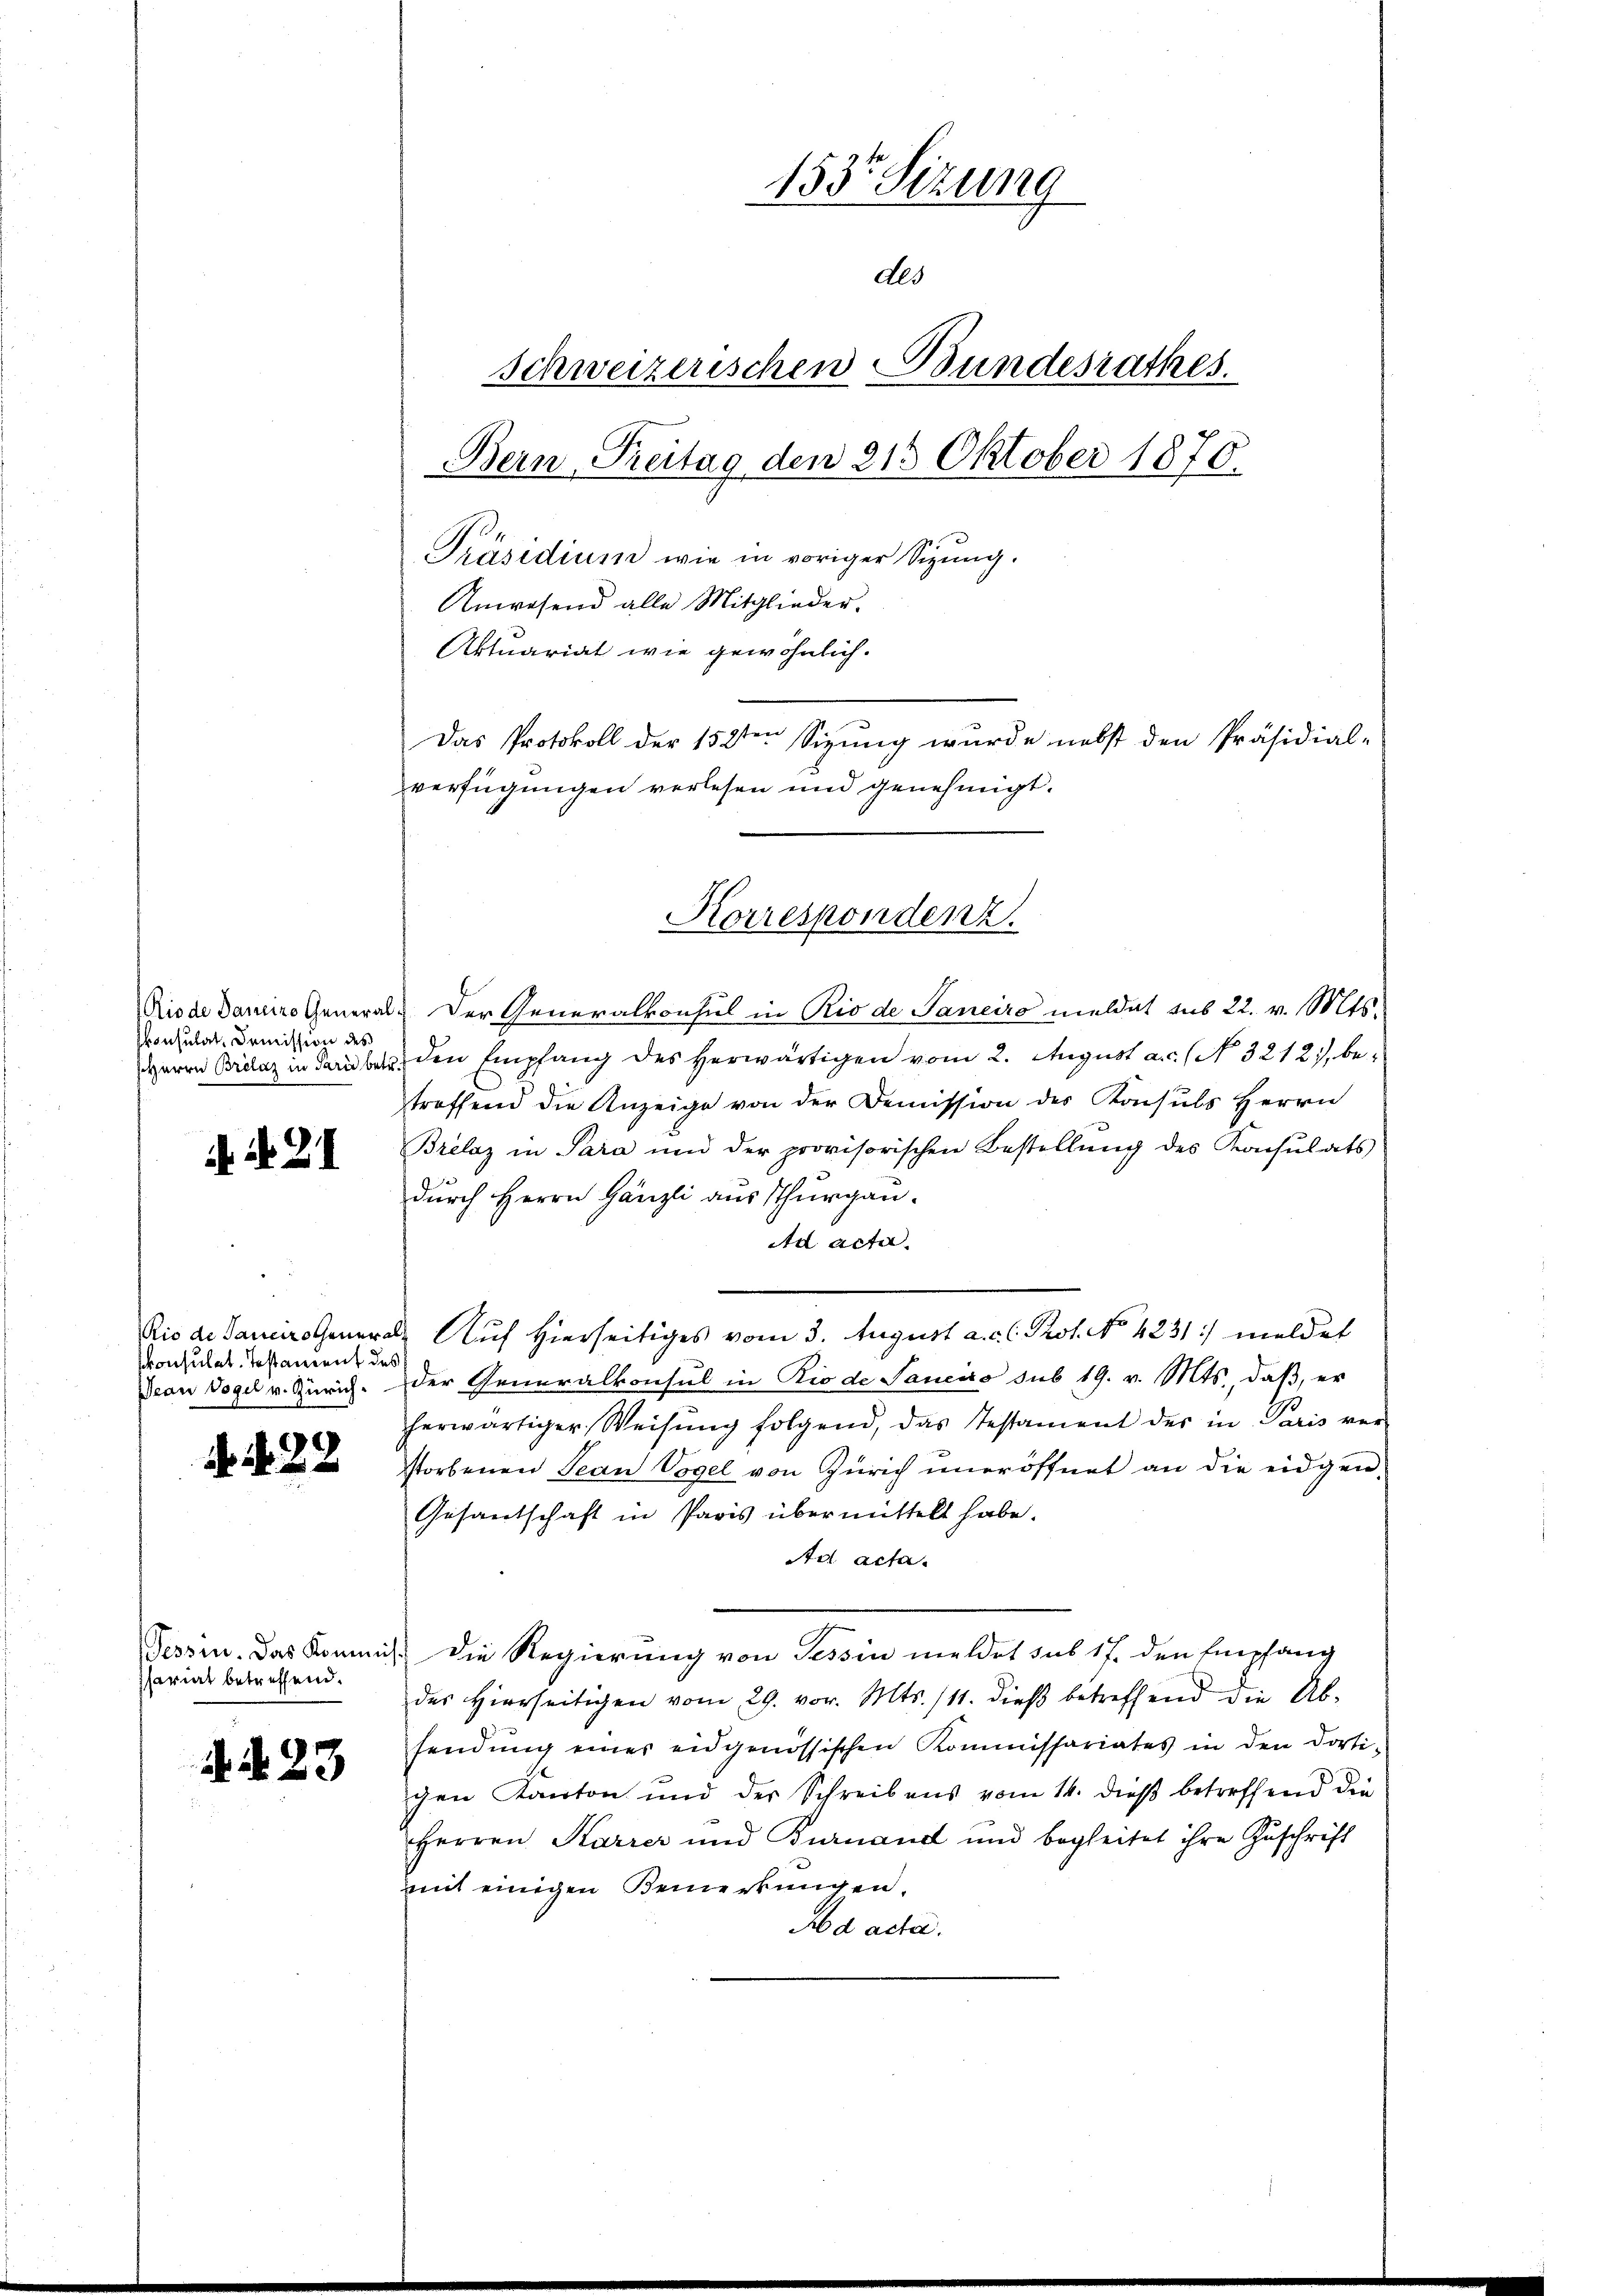
konsulat Domission des

No. 2.

skonsulat Testament des

2x

Tessin. Das Kommiss
Phariat betreffend.

d. d. 23

Riode damins General- Der Generalkonsul in Rio de Saneiro meldet aus 22. v. Mts.
Herrn Prelaz in darüber den Empfang des herwärtigen vom 2. August a. c. No. 3212), betroffend die Anzeige von der Demission des Konsuls Herrn
Brélaz in Para und der provisorischen Bestellŭng des Konsulats
durch Herrn Gänzli aus Thurgau.
Ad acta
Ris de Janeiro General- Auf Hierseitiges vom 3. August a. c. l. Prot. No. 4231) meldet
Deau Vogel v. Zürich. Der Generalkonsul in Rio de Saneiro sub 19. v. Mts., daβ er
herwärtiger Weisŭng folgend, das Testament des in Paris ver-
storbenen Jean Vogel von Zürich uneröffnet an die eidgen¬
Gesantschaft in Paris übermittelt habe.
Ad acta.
Die Regierung von Tessin meldet sus 17. den Empfang
des Hierseitigen vom 29. vor. Mts. 111. dieß betreffend die Ab-
sendŭng einer eidgenössischen Kommissariates in den dorti-
gen Kanton und der Schreibens vom 14. dieß betreffend die
Herren Karrer und Buruand und begleitet ihre Zuschrift
mit einigen Bemerkungen.
Ad acta.

153. Sizung
des
schweizerischen Bundesrathes.
Bern, Treitag den 215 Oktober 1870.
Präsidium wie in voriger Sizung.
Anwesend alle Mitglieder-
Aktuariat wie gewöhnlich.
Das Protokoll der 152ten Sizung wurde nebst den Präsidial-
verfügungen verlesen und genehmigt.

Korrespondenz.